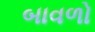
બાવળો